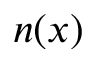
n ( x )